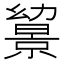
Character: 𢇔